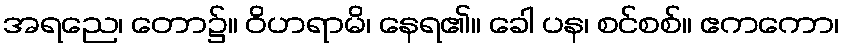
အရညေ၊ တော၌။ ဝိဟရာမိ၊ နေရ၏။ ခေါ ပန၊ စင်စစ်။ ဧကကော၊